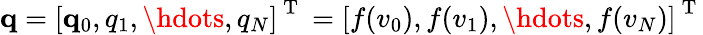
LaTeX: \mathbf{q}=\left[\mathbf q_{0},q_{1},\hdots,q_{N}\right]^{\mathrm{~T~}}=\left[f(v_{0}),f(v_{1}),\hdots,f(v_{N})\right]^{\mathrm{~T~}}